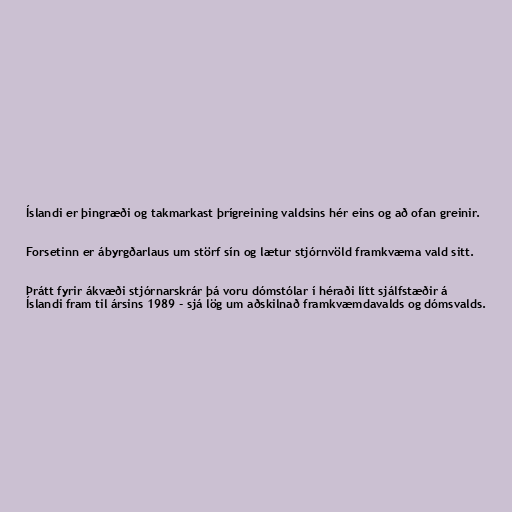
Íslandi er þingræði og takmarkast þrígreining valdsins hér eins og að ofan greinir.

Forsetinn er ábyrgðarlaus um störf sín og lætur stjórnvöld framkvæma vald sitt.

Þrátt fyrir ákvæði stjórnarskrár þá voru dómstólar í héraði lítt sjálfstæðir á
Íslandi fram til ársins 1989 - sjá lög um aðskilnað framkvæmdavalds og dómsvalds.